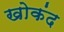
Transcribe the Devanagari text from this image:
खोकंद